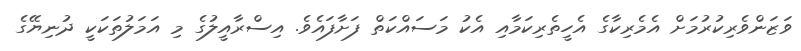
ވަޒަންވެރިކުރުމަަށް އެމެރިކާގެ އެހީތެރިކަމާއި އެކު މަސައްކަތް ފަށާފައެވެ. އިސްރާއީލުގެ މި އަމަލުތަކަކީ ދުނިޔޭގެ